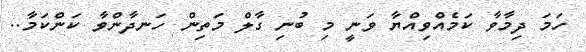
ހަމަ ދިމާވާ ކަމެއްވިއްޔާ ވަނީ މި ބުނި ގާލް މަތިން ހަނދާންވާ ކަންކަމާ..